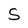
Character: S